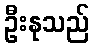
ဦးနုသည်